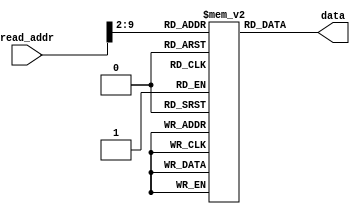
`timescale 1ns / 1ps

module instruction_mem(
    input [9:0] read_addr,
    output [31:0] data
    );
    
    reg [31:0]rom[255:0];  
    
    initial  
    begin  

        // load to registers 1 to 10
                                                        // instruction           alu result in hex       register content       mem content
				//rom[0] = 32'b001100_00010_00001_1111111101100011;	// andi $r1, $r2, 0xff63		
        // rom[0] = 32'b000000_00010_00011_00001_00000_100000; //0x00430820 add r1, r2, r3
        // rom[1] = 32'b10001100000010110000000000100100; // r11 = mem[36]
        // rom[2] = 32'b00000001011000100110000000100000; // add r12,r11,r2
        // rom[3] = 32'b000000_00001_00010_00100_00000_100000; //0x00222020 add r4, r1, r2
        rom[46] = 32'b10001100000010110000000000100100; // r11 = mem[36]                 9                  r11= c187a606            -
        rom[47] = 32'b00000001011000100110000000100000; // add r12,r11,r2             d15f1416              r12= d15f1416            -
        rom[48] = 32'b10001100000011010000000000100000; // r13 = mem[32]                 9                  r13= b54bc031            -
        rom[49] = 32'b00000000001011010111000000100000; // add r14,r1,r13             b54bc032              r14= b54bc032            -

        rom[0]  = 32'b10001100000000010000000000000000; // r1  = mem[0]                 0                   r1 = 00000001            -
        rom[1]  = 32'b10001100000000100000000000000100; // r2  = mem[4]                 1                   r2 = 0fd76e10            -
        rom[2]  = 32'b10001100000000110000000000000100; // r3  = mem[4]                 2                   r3 = 0fd76e10            -
        rom[3]  = 32'b10001100000001000000000000001100; // r4  = mem[12]                3                   r4 = 14333ffc            -
        rom[4]  = 32'b10001100000001010000000000010000; // r5  = mem[16]                4                   r5 = 321fedcb            -
        rom[5]  = 32'b10001100000001100000000000010100; // r6  = mem[20]                5                   r6 = 80000000            -
        rom[6]  = 32'b10001100000001110000000000011000; // r7  = mem[24]                6                   r7 = 9012fd65            -
        rom[7]  = 32'b10001100000010000000000000011100; // r8  = mem[28]                7                   r8 = abc00237            -
        rom[8]  = 32'b10001100000010010000000000100000; // r9  = mem[32]                8                   r9 = b54bc031            -
        rom[9]  = 32'b10001100000010100000000000100100; // r10 = mem[36]                9                   r10= c187a606            -
                                                                                                           
        // no dependency test, no jump                                                                     
        rom[10] = 32'b00110000011010111111111101100011; // andi r11,r3,#ff63          0fd76e00              r11= 0fd76e00            -
        rom[11] = 32'b00000000001000100110000000100111; // nor  r12,r1,r2             f02891ee              r12= f02891ee            - 
        rom[12] = 32'b00000000001000100110100000101010; // slt  r13,r1,r2                 1                 r13= 1                   -
        rom[13] = 32'b11000000010000000111000011000000; // sll  r14,r2,#3             7ebb7080              r14= 7ebb7080            -
        rom[14] = 32'b11000000001000000111100101000010; // srl  r15,r1,#5                 0                 r15= 0                   -
        rom[15] = 32'b11000000110000001000000110000011; // sra  r16,r6,#6             fe000000              r16= fe000000            -
        rom[16] = 32'b00000000010000111000100000100110; // xor  r17,r2,r3             00000000              r17= 00000000            -
        rom[17] = 32'b00000000001000101001000000011000; // mult r17,r1,r2             0fd76e10              r18= 0fd76e10            -
        rom[18] = 32'b00000000010000011001100000011010; // div  r19,r2,r1             0fd76e10              r19= 0fd76e10            -
        // store the result in memory                                                                      
        rom[19] = 32'b10101100000010110000000000101100; // sw mem[r0+11] <= r11         2c                        -                  mem[11]= 0fd76e00
        rom[20] = 32'b10101100000011000000000000110000; // sw mem[r0+12] <= r12         30                        -                  mem[12]= f02891ee
        rom[21] = 32'b10101100000011010000000000110100; // sw mem[r0+13] <= r13         34                        -                  mem[13]=    1   
        rom[22] = 32'b10101100000011100000000000111000; // sw mem[r0+14] <= r14         38                        -                  mem[14]= 7ebb7080
        rom[23] = 32'b10101100000011110000000000111100; // sw mem[r0+15] <= r15         3c                        -                  mem[15]=    0   
        rom[24] = 32'b10101100000100000000000001000000; // sw mem[r0+16] <= r16         40                        -                  mem[16]= fe000000
        rom[25] = 32'b10101100000100010000000001000100; // sw mem[r0+17] <= r17         44                        -                  mem[17]= 00000000
        rom[26] = 32'b10101100000100100000000001001000; // sw mem[r0+18] <= r18         48                        -                  mem[18]= 0fd76e10
        rom[27] = 32'b10101100000100110000000001001100; // sw mem[r0+19] <= r19         4c                        -                  mem[19]= 0fd76e10
                                                                                                           
        // forwarding test                                                                                 
        rom[28] = 32'b00110000111010110000111101100011; // andi r11,r7,#f63           00000d61              r11= 00000d61            -
        rom[29] = 32'b00000000010010110110000000100111; // nor  r12,r2,r11            f028908e              r12= f028908e            -
        rom[30] = 32'b00000001011000100110100000101010; // slt  r13,r11,r2               1                  r13=    1                -
        rom[31] = 32'b11000000111000000111001101000000; // sll  r14,r2,#13            5faca000              r14= 5faca000            -
        rom[32] = 32'b11000001110000000111100111000010; // srl  r15,r14,#7            00bf5940              r15= 00bf5940            -
        rom[33] = 32'b11000001110000001000000010000011; // sra  r16,r14,#2            17eb2800              r16= 17eb2800            -    
        rom[34] = 32'b00000000010001111000100000100110; // xor  r17,r2,r7             9fc59375              r17= 9fc59375            -
        rom[35] = 32'b00000000010001111001000000011000; // mult r18,r2,r7             e4e43c50              r18= e4e43c50            -
        rom[36] = 32'b00000000111100011001100000011010; // div  r19,r7,r17               0                  r19=    0                -
        // store the result in memory                                                                      
        rom[37] = 32'b10101100000010110000000001010000; // sw mem[r0+20] <= r11          50                                          mem[20]= 00000d61 
        rom[38] = 32'b10101100000011000000000001010100; // sw mem[r0+21] <= r12          54         forwardb=2 from ex/mem to ex     mem[21]= f028908e 
        rom[39] = 32'b10101100000011010000000001011000; // sw mem[r0+22] <= r13          58         forarda=1 from mem/wb to ex      mem[22]=    1        
        rom[40] = 32'b10101100000011100000000001011100; // sw mem[r0+23] <= r14          5c         no forwarding                    mem[23]= 5faca000 
        rom[41] = 32'b10101100000011110000000001100000; // sw mem[r0+24] <= r15          60         forarda=2 from ex/mem to ex      mem[24]= 00bf5940 
        rom[42] = 32'b10101100000100000000000001100100; // sw mem[r0+25] <= r16          64         forarda=1 from mem/wb to ex      mem[25]= 17eb2800 
        rom[43] = 32'b10101100000100010000000001101000; // sw mem[r0+26] <= r17          68         no forwarding                    mem[26]= 9fc59375 
        rom[44] = 32'b10101100000100100000000001101100; // sw mem[r0+27] <= r18          6c         no forwarding                    mem[27]= e4e43c50
        rom[45] = 32'b10101100000100110000000001110000; // sw mem[r0+28] <= r19          70         forwardb=1 from mem/wb to ex     mem[28]=    0 
                                                                                                        
        // Data Hazard test                                                                                
        // Data Hazard is the result of dependency between LW instruction's destination register and one of the next instruction's source register
        // we need to insert a NOP. This means that pc shouldnt change for one clk cycle. check your waveform to make sure your pc doesnt change 
        rom[46] = 32'b10001100000010110000000000100100; // r11 = mem[36]                 9                  r11= c187a606            -
        rom[47] = 32'b00000001011000100110000000100000; // add r12,r11,r2             d15f1416              r12= d15f1416            -
        rom[48] = 32'b10001100000011010000000000100000; // r13 = mem[32]                 9                  r13= b54bc031            -
        rom[49] = 32'b00000000001011010111000000100000; // add r14,r1,r13             b54bc032              r14= b54bc032            -
        // store the result in memory                                                                      
        rom[50] = 32'b10101100000011000000000001110100; // sw mem[r0+29] <= r12          74                       -                  mem[29]= d15f1416
        rom[51] = 32'b10101100000011100000000001111000; // sw mem[r0+30] <= r14          78                       -                  mem[30]= b54bc032
                                                                                                           
        // Control Hazard test Branch                                                                      
        rom[52] = 32'b00010000010000110000000000000011; // beq r2,r3,#3                   0         branch to instruction rom[56]
        rom[53] = 32'b00000000001000100101000000100000; // add r10,r1,r2              0fd76e11              r10= 0fd76e11            -
        rom[54] = 32'b00000000001001000101000000100000; // add r10,r1,r4              14333ffd              r10= 14333ffd            -
        rom[55] = 32'b00000000001001010101000000100000; // add r10,r1,r5              321fedcc              r10= 321fedcc            -
        // store the result in memory                                                                      
        rom[56] = 32'b10101100000010100000000001111100; // sw mem[r0+31] <= r10          7c                       -                  mem[31]= c187a606
                                                                                                           
        // Control Hazard test Jump                                                                        
        rom[57] = 32'b00001000000000000000000001000000; // j #40                                    jump to instruction rom[64]
        rom[58] = 32'b00000000001000100100100000100000; // add r9,r1,r2               0fd76e11              r9= 0fd76e11             -
        rom[59] = 32'b00000000001001000100100000100000; // add r9,r1,r4               14333ffd              r9= 14333ffd             -
        rom[60] = 32'b00000000001001010100100000100000; // add r9,r1,r5               321fedcc              r9= 321fedcc             -
        rom[61] = 32'b00000000001001100100100000100000; // add r9,r1,r6               80000001              r9= 80000001             -
        rom[62] = 32'b00000000001001110100100000100000; // add r9,r1,r7               9012fd66              r9= 9012fd66             -
        rom[63] = 32'b00000000001010000100100000100000; // add r9,r1,r8               abc00238              r9= abc00238             -
        // store the result in memory                                                                      
        rom[64] = 32'b10101100000010010000000010000000; // sw mem[r0+32] <= r9           80                       -                  mem[32]= b54bc031
                                                                                                           
      end                                                                                                  
                                                                                                           
      assign data = rom[read_addr[9:2]];                                                                   
                                                                                                           
endmodule